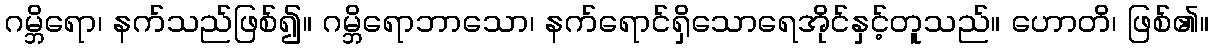
ဂမ္ဘိရော၊ နက်သည်ဖြစ်၍။ ဂမ္ဘိရောဘာသော၊ နက်ရောင်ရှိသောရေအိုင်နှင့်တူသည်။ ဟောတိ၊ ဖြစ်၏။